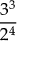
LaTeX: \frac { 3 ^ { 3 } } { 2 ^ { 4 } }